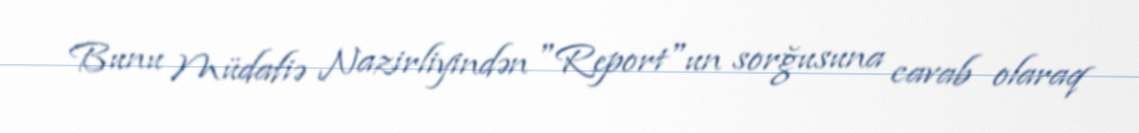
Bunu Müdafiə Nazirliyindən "Report"un sorğusuna cavab olaraq